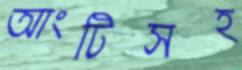
আংটিসহ